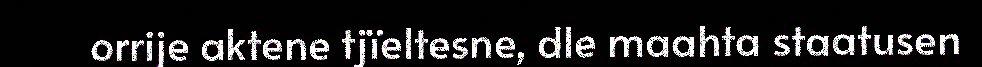
orrije aktene tjïeltesne, dle maahta staatusen